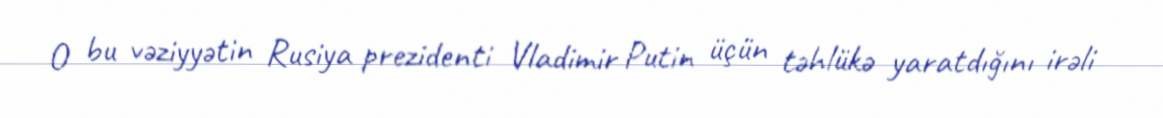
O bu vəziyyətin Rusiya prezidenti Vladimir Putin üçün təhlükə yaratdığını irəli